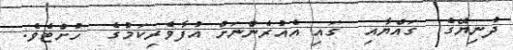
ދުނިޔޭގެ  ގައްޔާއި  ގައި އެއުރެންނަށް އުފާވެރިކަމުގެ  ހުށްޓެވެ.